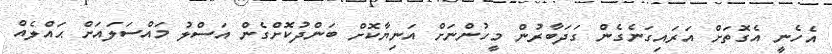
އެހެނީ އެގޮތަށް އަރައިގަނެގެން ގަދަބާރުން މީހުންނަށް އަނިޔާކޮށް ބަންދުކޮށްގެން އަސްލު މައްސަލައަށް ޙައްލެއް